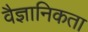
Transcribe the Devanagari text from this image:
वैज्ञानिकता